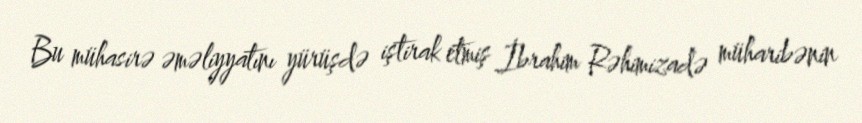
Bu mühasirə əməliyyatını yürüşdə iştirak etmiş İbrahim Rəhimizadə müharibənin